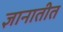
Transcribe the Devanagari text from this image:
ज्ञानातीत